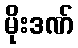
မိုးဒဏ်